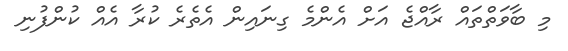
މި ބާވަތްތައް ރާއްޖެ އަށް އެންމެ ގިނައިން އެތެރެ ކުރާ އެއް ކުންފުނި